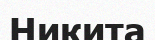
Никита